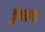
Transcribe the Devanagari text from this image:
ठुमकदा